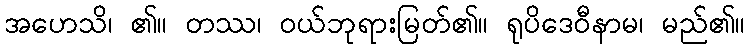
အဟေသိ၊ ၏။ တဿ၊ ဝယ်ဘုရားမြတ်၏။ ရုပိဒေဝီနာမ၊ မည်၏။